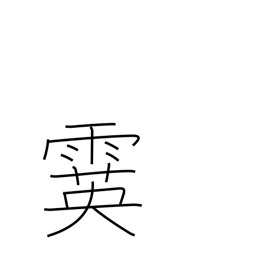
Meaning: sleet